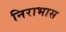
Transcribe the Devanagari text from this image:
निराभास